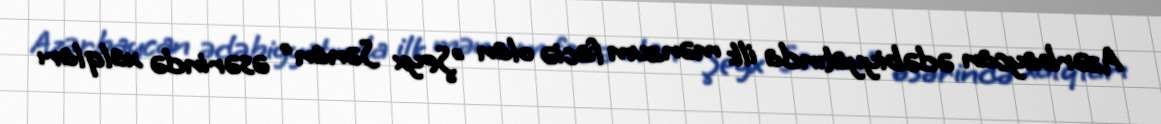
Azərbaycan ədəbiyyatında ilk mənzum faciə olan "Şeyx Sənan" əsərində xalqları